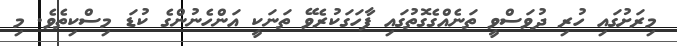
މިރަށުގައި ހުރި ދުވަސްވީ ތަނެއްގެގޮތުގައި ފާހަގަކުރެވޭ ތަނަކީ އަންހެނުންގެ ކުޑަ މިސްކިތެވެ. މި